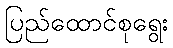
ပြည်ထောင်စုရွေး